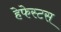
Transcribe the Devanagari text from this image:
हेफेस्टस